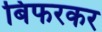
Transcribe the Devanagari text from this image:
बिफरकर